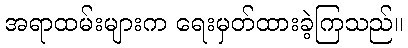
အရာထမ်းများက ရေးမှတ်ထားခဲ့ကြသည်။